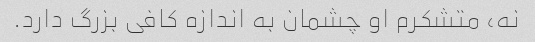
نه، متشکرم او چشمان به اندازه کافی بزرگ دارد.